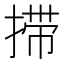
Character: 𰔇